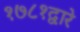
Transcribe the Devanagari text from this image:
१७८१द्वारे